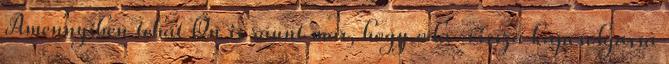
Amennyiben tehát Ön is ráunt már, hogy oda-vissza kapcsolgassa